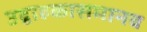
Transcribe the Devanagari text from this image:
उद्वाहकासमानच